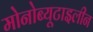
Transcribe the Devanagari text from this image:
मोनोब्यूटाइलीन